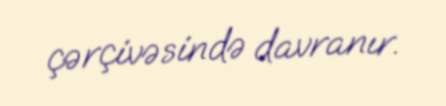
çərçivəsində davranır.